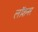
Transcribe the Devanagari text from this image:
लॉशनर